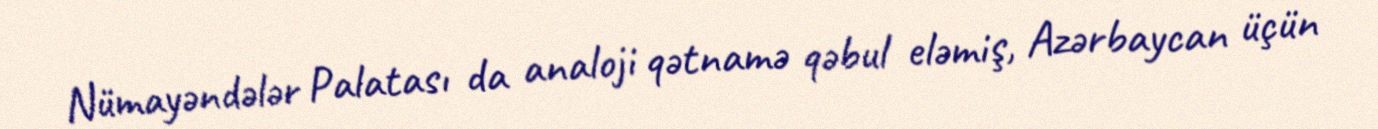
Nümayəndələr Palatası da analoji qətnamə qəbul eləmiş, Azərbaycan üçün